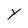
Character: Y